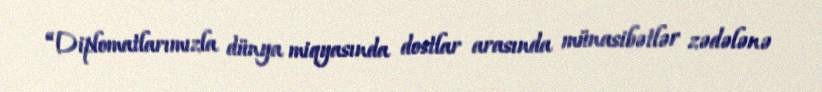
“Diplomatlarımızla dünya miqyasında dostlar arasında münasibətlər zədələnə